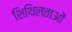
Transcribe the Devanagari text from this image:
शिथिलताओं